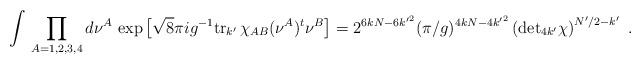
\begin{align*}\int\, \prod_{A=1,2,3,4} d\nu^A\, \exp\big[\sqrt8\pi ig^{-1}{\rm tr}_{ k'}\,\chi_{AB}(\nu^A)^t\nu^B\big]=2^{6kN-6 {k'}^2}(\pi/g)^{4kN-4 {k'}^2}\left({\rm det}_{4 k'}\chi\right)^{ N'/2- k'}\ .\end{align*}